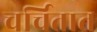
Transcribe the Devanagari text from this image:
चर्चितात